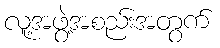
လူ့အဖွဲ့အစည်းအတွက်